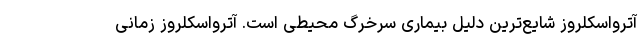
آترواسکلروز شایع‌ترین دلیل بیماری سرخرگ محیطی است. آترواسکلروز زمانی